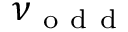
\nu _ { \mathrm { ~ o ~ d ~ d ~ } }